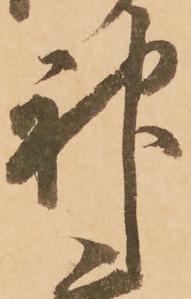
神